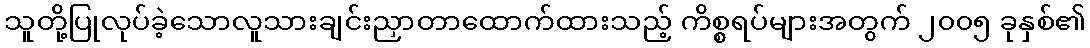
သူတို့ပြုလုပ်ခဲ့သောလူသားချင်းညှာတာထောက်ထားသည့် ကိစ္စရပ်များအတွက် ၂၀၀၅ ခုနှစ်၏